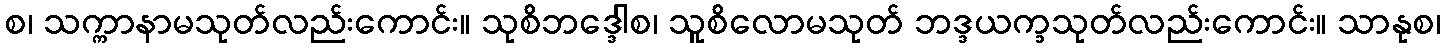
စ၊ သက္ကာနာမသုတ်လည်းကောင်း။ သုစိဘဒ္ဒေါစ၊ သူစိလောမသုတ် ဘဒ္ဒယက္ခသုတ်လည်းကောင်း။ သာနုစ၊